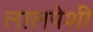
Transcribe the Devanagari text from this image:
लालपेशी